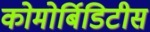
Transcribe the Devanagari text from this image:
कोमोर्बिडिटीस